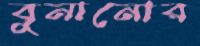
বুনানোর